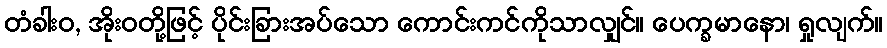
တံခါးဝ, အိုးဝတို့ဖြင့် ပိုင်းခြားအပ်သော ကောင်းကင်ကိုသာလျှင်။ ပေက္ခမာနော၊ ရှုလျက်။